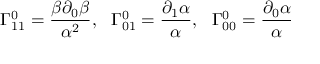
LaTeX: \Gamma _ { 1 1 } ^ { 0 } = \frac { \beta \partial _ { 0 } \beta } { \alpha ^ { 2 } } , \ \ \Gamma _ { 0 1 } ^ { 0 } = \frac { \partial _ { 1 } \alpha } { \alpha } , \ \ \Gamma _ { 0 0 } ^ { 0 } = \frac { \partial _ { 0 } \alpha } { \alpha }